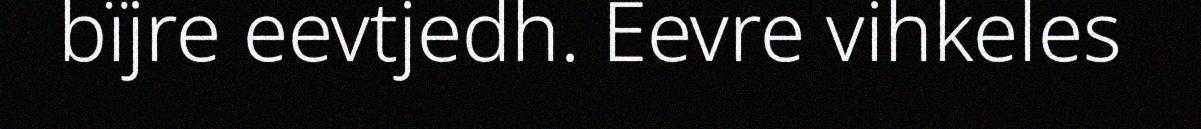
bïjre eevtjedh. Eevre vihkeles